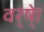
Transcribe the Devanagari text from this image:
वर्ष्‍ेा